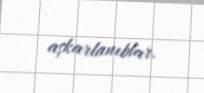
aşkarlanıblar.